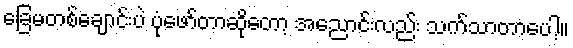
ခြေမတစ်ချောင်းပဲ ပုံဖော်တာဆိုတော့ အညောင်းလည်း သက်သာတာပေါ့။